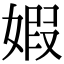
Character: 婽